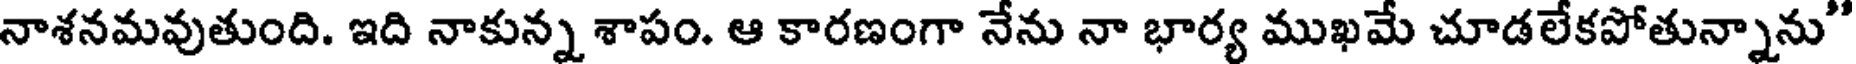
నాశనమవుతుంది. ఇది నాకున్న శాపం. ఆ కారణంగా నేను నా భార్య ముఖమే చూడలేకపోతున్నాను"